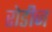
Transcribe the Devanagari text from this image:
रोडीज